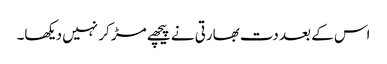
اس کے بعد دت بھارتی نے پیچھے مڑ کر نہیں دیکھا۔